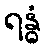
ရန္ဓံ